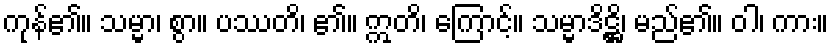
ကုန်၏။ သမ္မာ၊ စွာ။ ပဿတိ၊ ၏။ ဣတိ၊ ကြောင့်။ သမ္မာဒိဋ္ဌိ၊ မည်၏။ ဝါ၊ ကား။